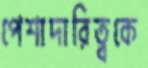
পেশাদারিত্বকে